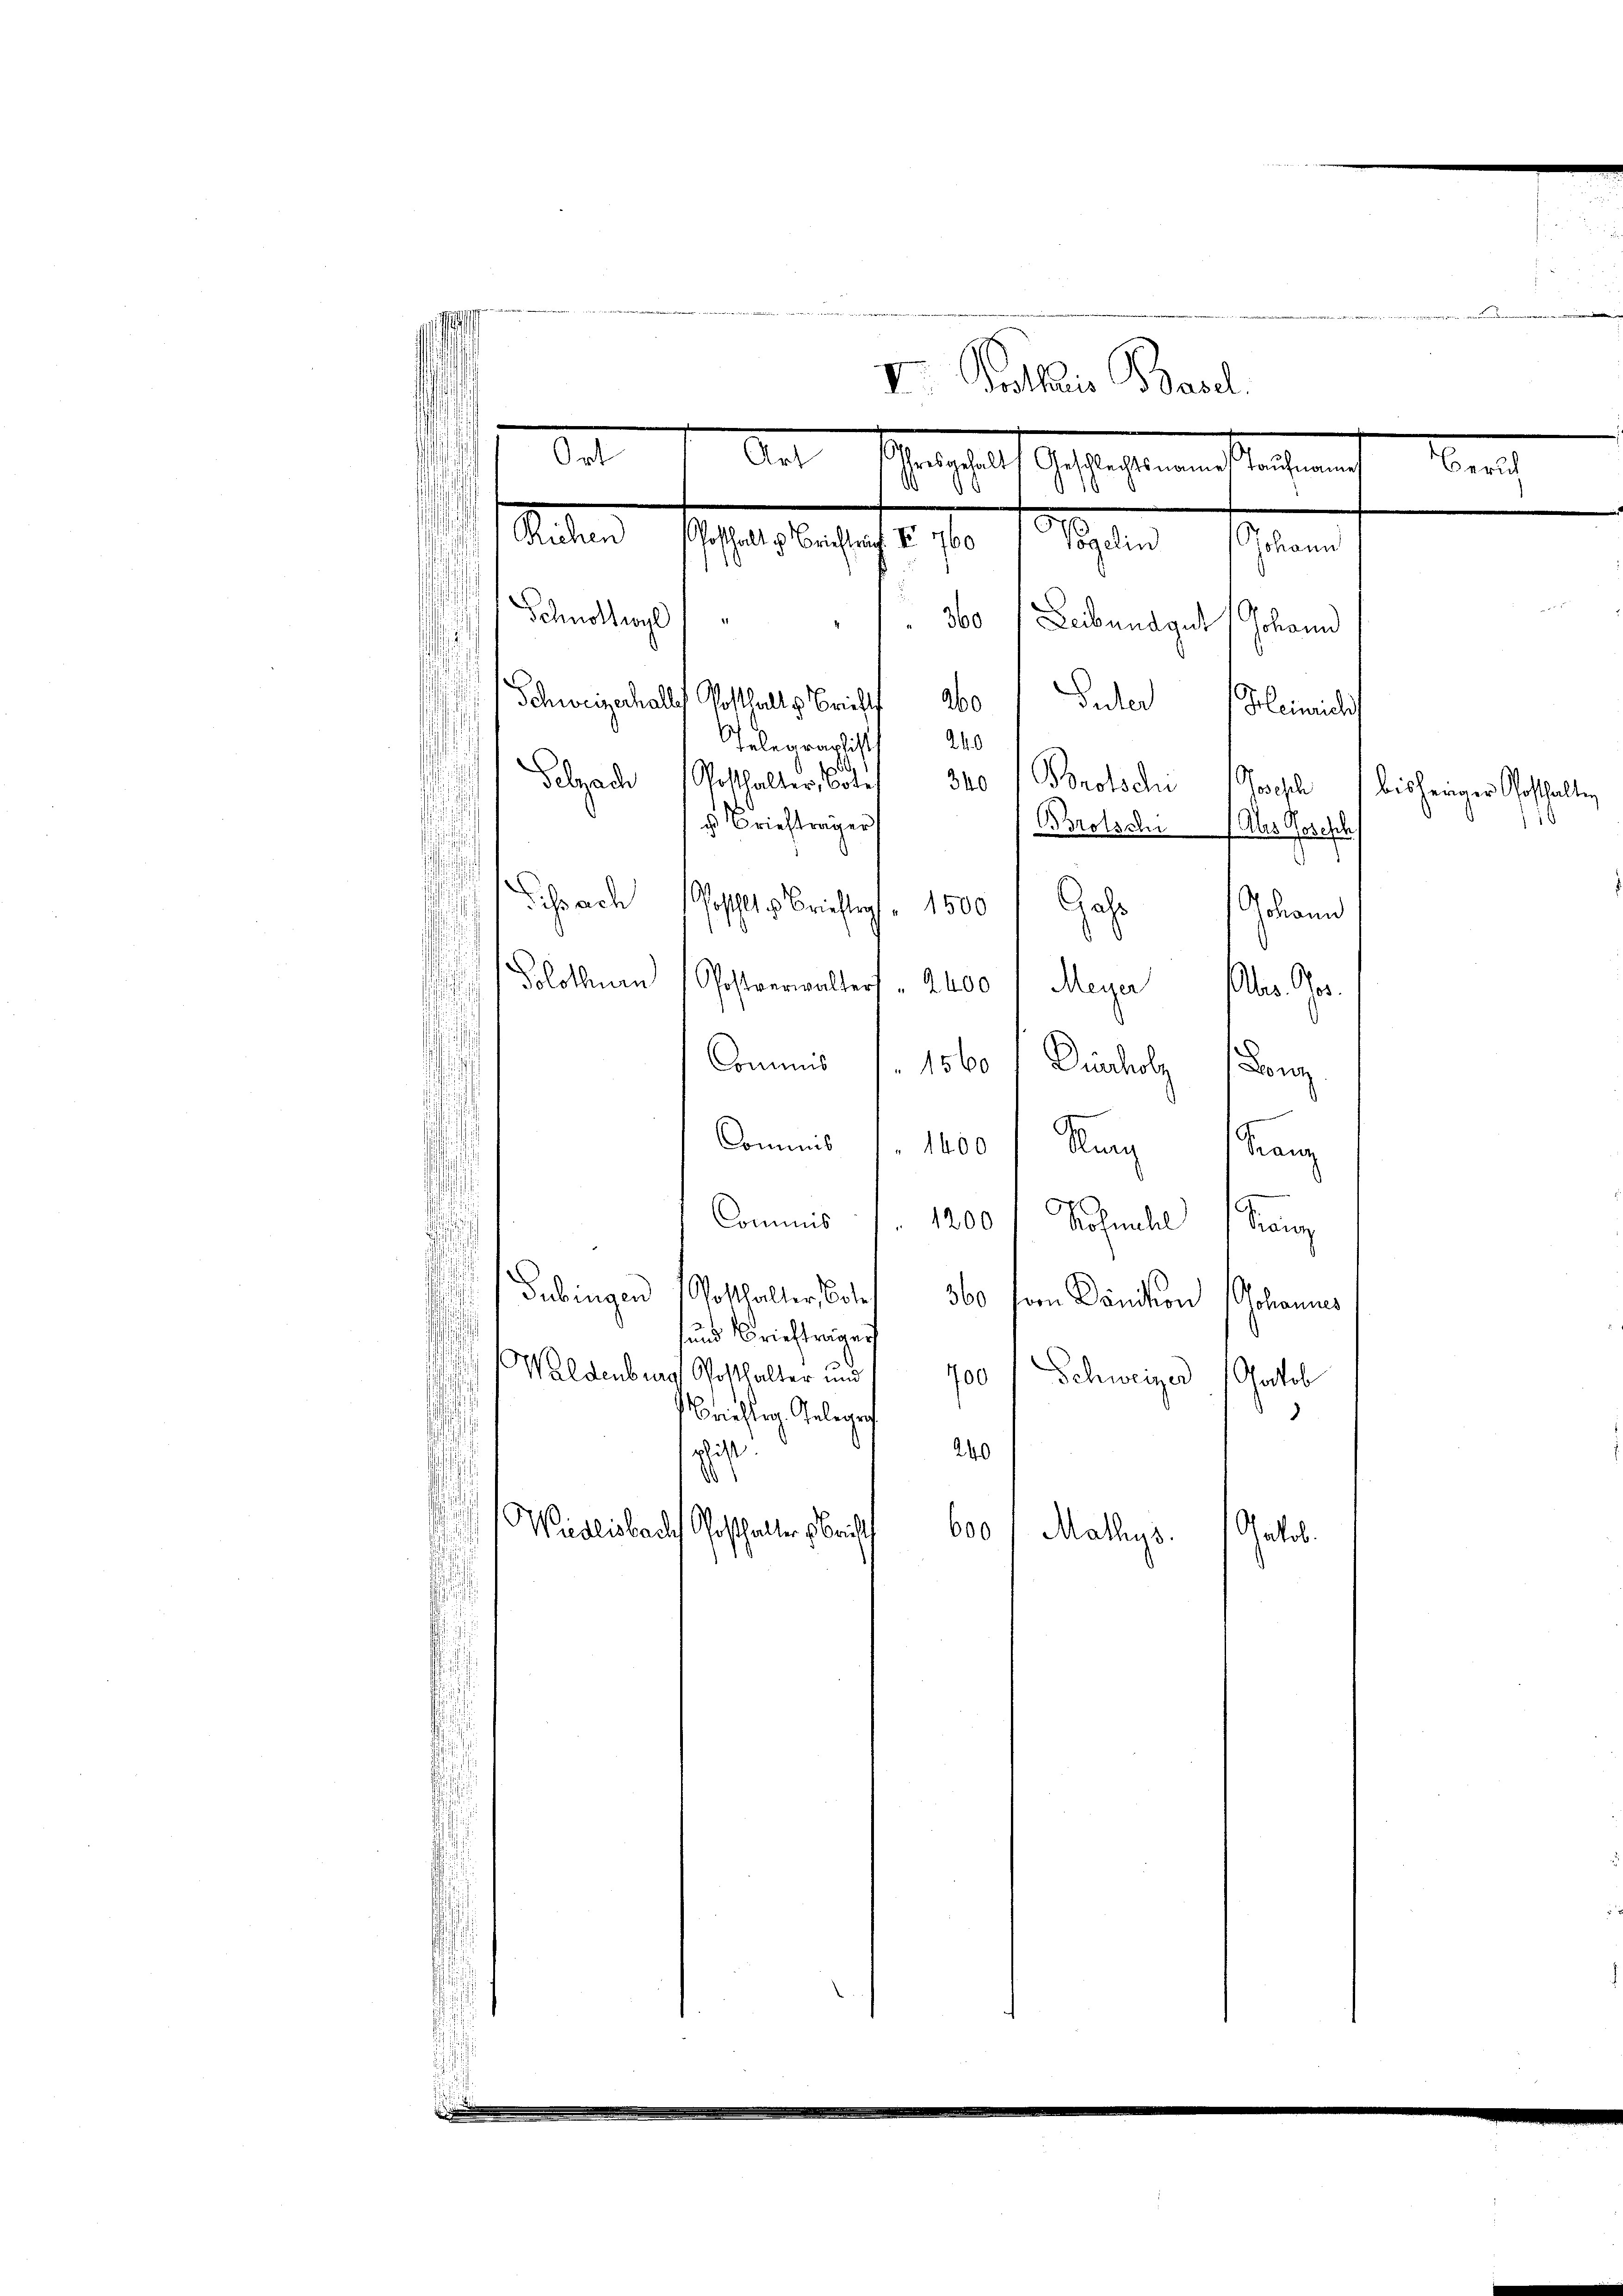
fünd
gfin
e
II. Trotturis Basel.
e
Ort
Sete Schranstalt Gesuchtenen dersehen
Zürich
Sitter Escher beschaft, so sollten seinen
19
Gehaltunge
360 Leibendgut (Johann
Schweizerhalles Potthalte Brieff abo Guder Heinricht
Telegralist 240
¬
i
Pelzach Posthalter, Bote 340 " Protschi Zwisch bisheriger Gotthalten
i
s Briefträger
Brotschen Aus Goses
pach oft Berichtig, 1500 / Gaso Johann
u

olothum
Postverwalters " 2400 " Meyer es. Ges.

Commis f. 1560 1 Dusholz Konz
Commis (1400 f Kunz Franz
Commis . . 1200 f Böhmebel (Kanz
u
Gübingen (Potthalter, Cotes
360
sor Dänition Johannes
sund Briefträger
Waldenburg Gotthalter und
00
Schweizer (Doctob
Brichtig. Gelegen
rlist.
240
10
Widlisbares Geschalter rich
d
600 / Mathys.
Patob.

.